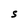
Character: S